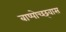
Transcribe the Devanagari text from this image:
बाष्पोच्छ्‌वास